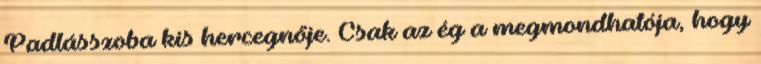
Padlásszoba kis hercegnője. Csak az ég a megmondhatója, hogy